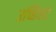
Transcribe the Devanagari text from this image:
उच्छिस्ट